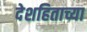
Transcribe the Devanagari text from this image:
देशहिताच्या